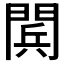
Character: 𨴴